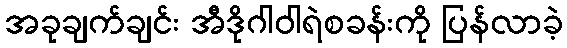
အခုချက်ချင်း အီဒိုဂါဝါရဲစခန်းကို ပြန်လာခဲ့